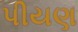
પીયણ